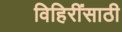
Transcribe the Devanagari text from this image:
विहिरींसाठी